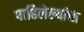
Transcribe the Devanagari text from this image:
पाहिलेल्यांचा